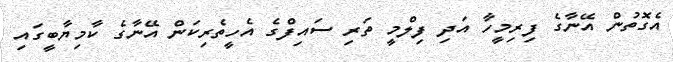
އެގޮތުން އޭނާގެ ފިރިމީހާ އަދި ފިލްމީ ތަރި ސައިފްގެ އެހީތެރިކަން އޭނާގެ ކާމިޔާބީގައި